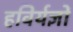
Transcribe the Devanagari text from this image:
हविर्यज्ञों